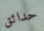
حدائق